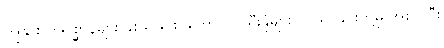
ကျွဲနွား တိရစ္ဆာန်များ ခိုးယူခြင်း၊ ကောက်ပဲသီးနှံများ လုယူ ခြင်းတို့မှ အစပြုပြီး